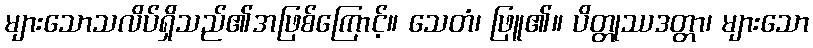
များသောသလိပ်ရှိသည်၏အဖြစ်ကြောင့်။ သေတံ၊ ဖြူ၏။ ပိတ္တုဿဒတ္တာ၊ များသော